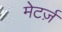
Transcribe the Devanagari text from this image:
मेटर्ज़